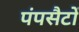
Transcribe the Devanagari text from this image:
पंपसैटों